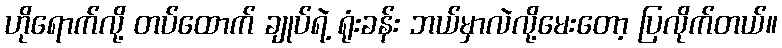
ဟိုရောက်လို့ တပ်ထောက် ချုပ်ရဲ့ ရုံးခန်း ဘယ်မှာလဲလို့မေးတော့ ပြလိုက်တယ်။